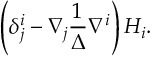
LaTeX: \left( \delta _ { j } ^ { i } - \nabla _ { j } \frac { 1 } { \Delta } \nabla ^ { i } \right) H _ { i } .